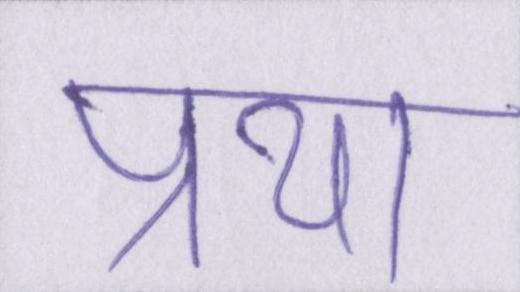
प्रथा